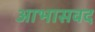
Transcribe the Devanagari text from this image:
आभासवद